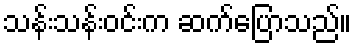
သန်းသန်းဝင်းက ဆက်ပြောသည်။